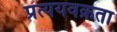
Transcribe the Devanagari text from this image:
प्रत्ययवक्रता